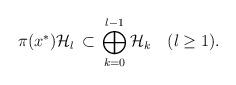
LaTeX: \begin{align*}\pi(x^*){\cal H}_l\, \subset\, \bigoplus_{k=0}^{l-1}{\cal H}_{k}\quad(l\geq 1).\end{align*}